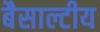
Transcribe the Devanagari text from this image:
बैसाल्टीय